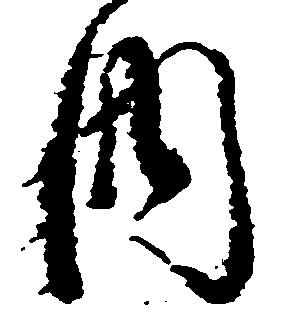
内